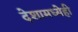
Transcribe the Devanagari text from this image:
देशामध्येही